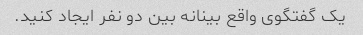
یک گفتگوی واقع بینانه بین دو نفر ایجاد کنید.